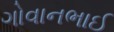
ગોવાનભાઈ